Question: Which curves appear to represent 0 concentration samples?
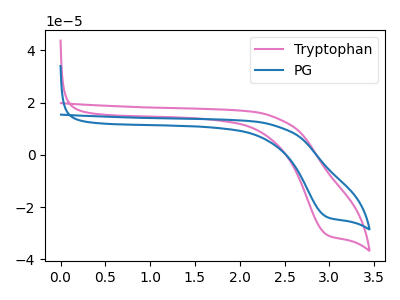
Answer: <think>The pink curve "Tryptophan" has a cathodic peak at: (2.95V, -30.50uA). The blue curve "PG" has a cathodic peak at: (2.95V, -23.70uA).</think>
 <answer>There are not any CV's on this graph that are likely to be blanks.</answer>
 <eval>none</eval>